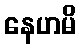
နေဟမိ